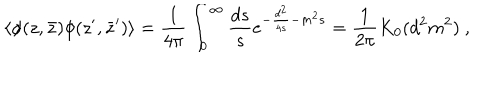
LaTeX: \langle \phi ( z , \bar { z } ) \phi ( z ^ { \prime } , \bar { z } ^ { \prime } ) \rangle = { \frac { 1 } { 4 \pi } } \int _ { 0 } ^ { \infty } { \frac { d s } { s } } e ^ { - { \frac { d ^ { 2 } } { 4 s } } - m ^ { 2 } s } = { \frac { 1 } { 2 \pi } } K _ { 0 } ( d ^ { 2 } m ^ { 2 } ) ~ ,